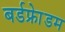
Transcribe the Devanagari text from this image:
बर्डफ्राेेडम